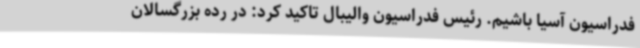
فدراسیون آسیا باشیم. رئیس فدراسیون والیبال تاکید کرد: در رده بزرگسالان